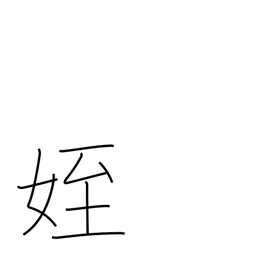
Meaning: niece